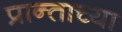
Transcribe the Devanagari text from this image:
प्रान्ताच्या